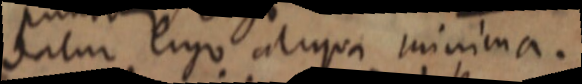
datur ergo aliqua minima.